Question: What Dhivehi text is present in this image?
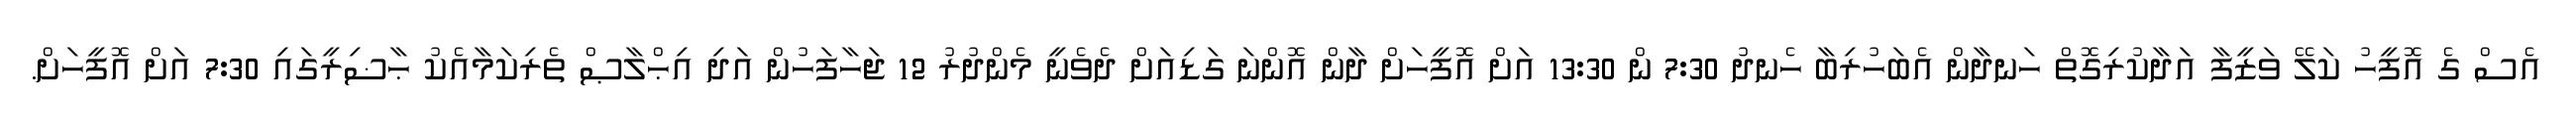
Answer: އެސް ގެ އޮފީހު ކަލޭ ވަޒީފާ އަދާކުރިގޮތް ހަނދާން އެބަހުރިބާ ހެނދު 7:30 ން 13:30 އަށް އޮފީހަށް ދާން އޮންނަ ގަޑިއަށް ދެވެނީ މެންދުރު 12 ޖަހާފަހުން އަދި އިޙްލާޞް ތެރިކަމާއެކު ޙާޟިރީގައި 7:30 އަށް އޮފީހަށް.